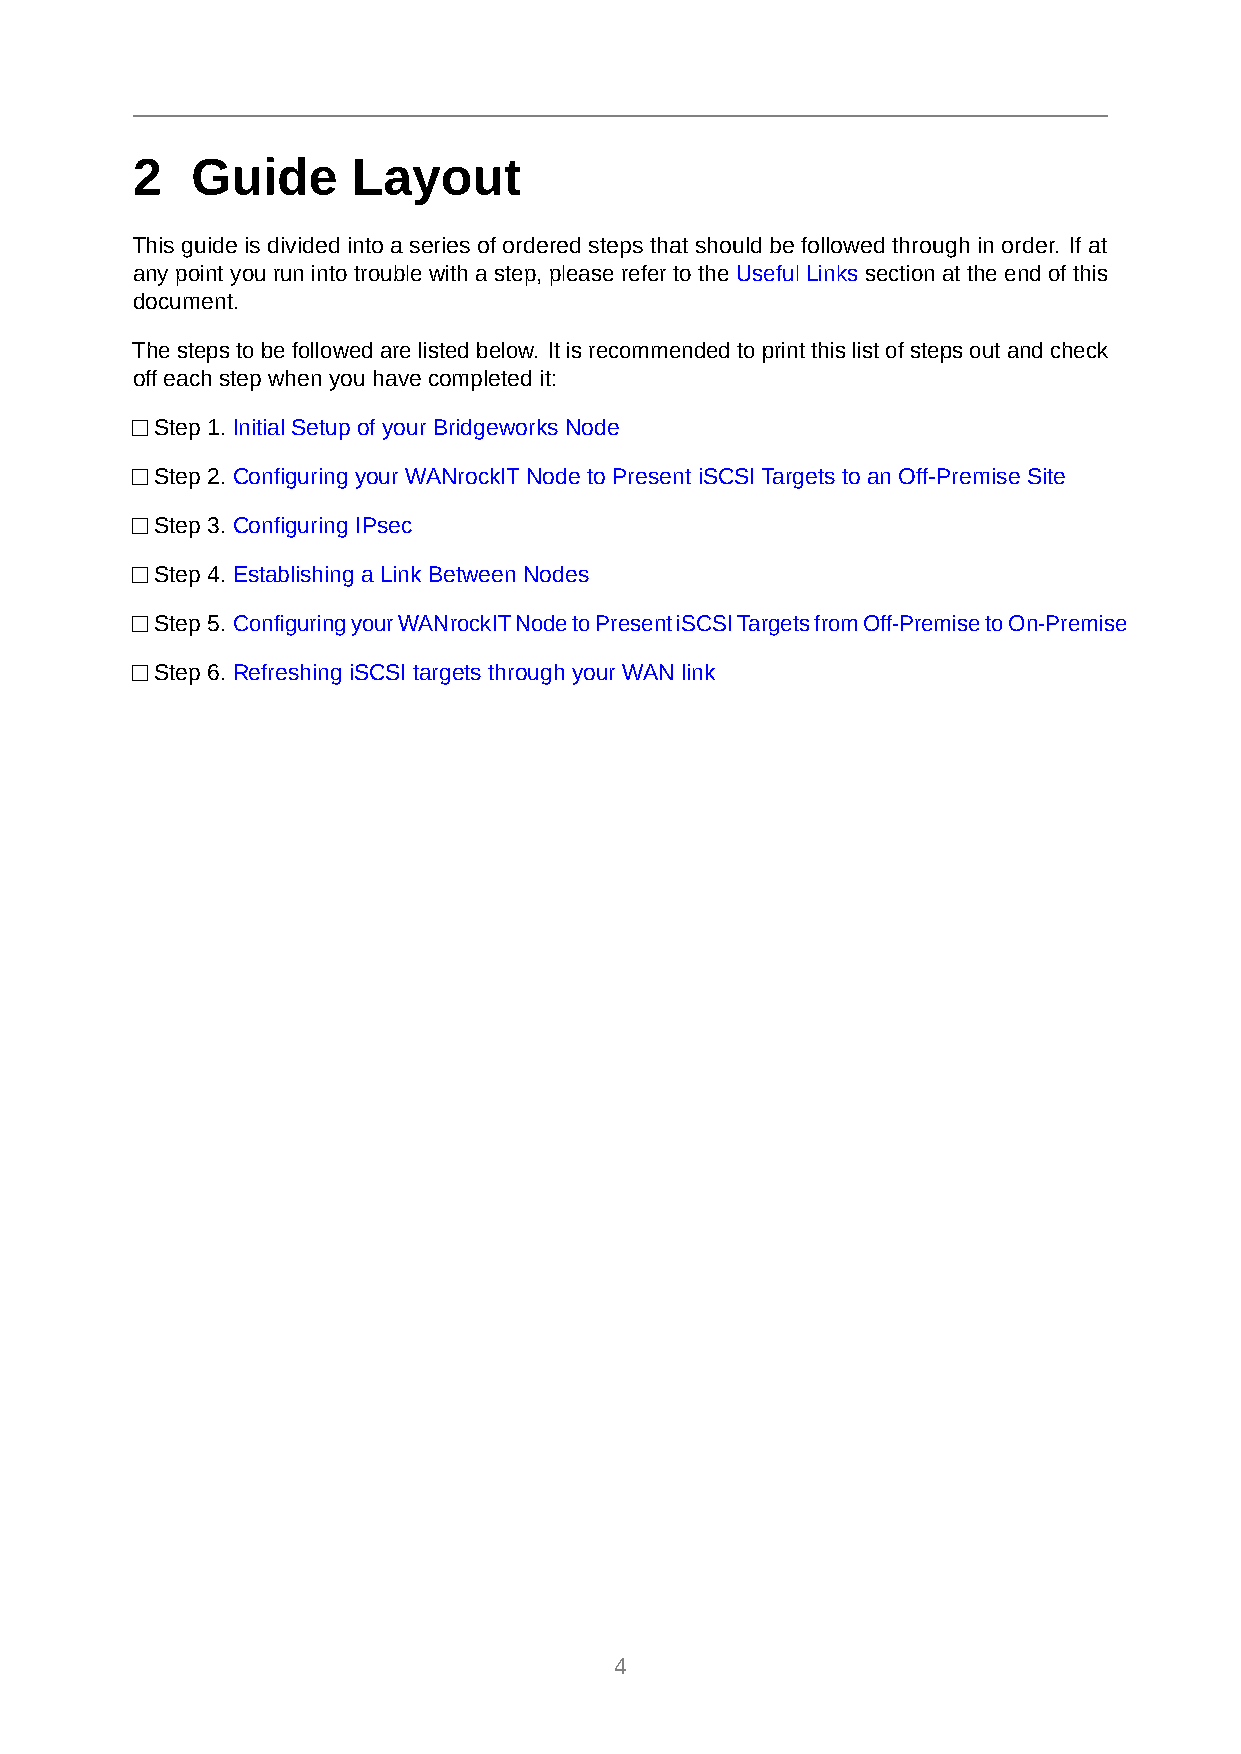
2   Guide     Layout
 This guide is divided into a series of ordered steps that should be followed through in order. If at
 any point you run into trouble with a step, please refer to the Useful Links section at the end of this
 document.
 Thestepstobefollowedarelistedbelow. Itisrecommendedtoprintthislistofstepsoutandcheck
 off each step when you have completed it:
 Step 1. Initial Setup of your Bridgeworks Node
 Step 2. Configuring your WANrockITNode to Present iSCSITargets to an Off-Premise Site
 Step 3. Configuring IPsec
 Step 4. Establishing a Link Between Nodes
 Step 5. ConfiguringyourWANrockITNodetoPresentiSCSITargetsfromOff-PremisetoOn-Premise
 Step 6. Refreshing iSCSI targets through your WAN link
 4